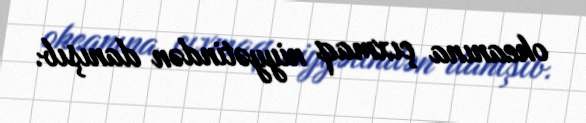
okeanına çıxmaq niyyətindən danışıb.